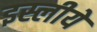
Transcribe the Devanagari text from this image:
इस्लीये